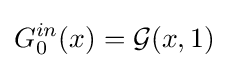
G_{0}^{in}(x)={\mathcal {G}}(x,1)